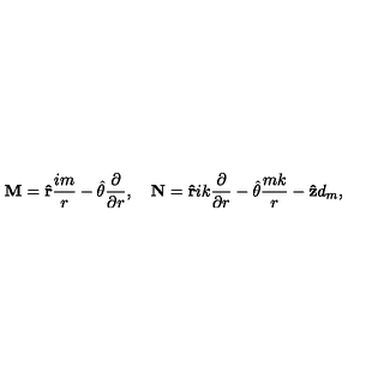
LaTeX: { \bf M } = { \bf \hat { r } } { \frac { i m } { r } } - \mathrm { \boldmath { \hat { \theta } } } { \frac { \partial } { \partial r } } , \quad { \bf N } = { \bf \hat { r } } i k { \frac { \partial } { \partial r } } - \mathrm { \boldmath { \hat { \theta } } } { \frac { m k } { r } } - { \bf \hat { z } } d _ { m } ,